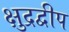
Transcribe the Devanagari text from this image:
क्षुद्रद्वीप